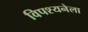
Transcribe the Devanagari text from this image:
विपश्यनेला